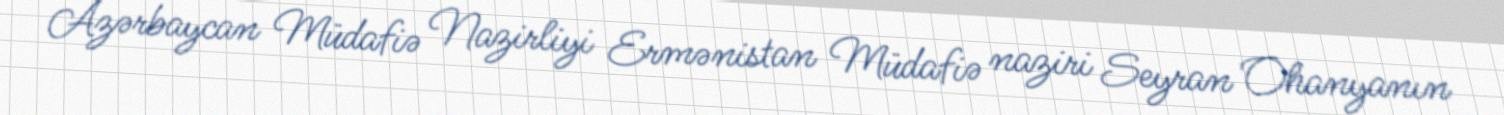
Azərbaycan Müdafiə Nazirliyi Ermənistan Müdafiə naziri Seyran Ohanyanın